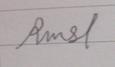
Signature authenticity: forged